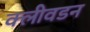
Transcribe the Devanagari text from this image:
क्लीवडन